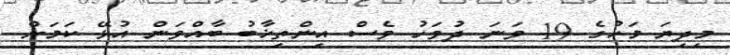
މިދިޔަ މަހުގެ 19 ވަނަ ދުވަހު ވެސް އިންތިޚާބު ބާއްވަން އުޅޭ ކަމަށް